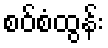
စဝ်စံထွန်း